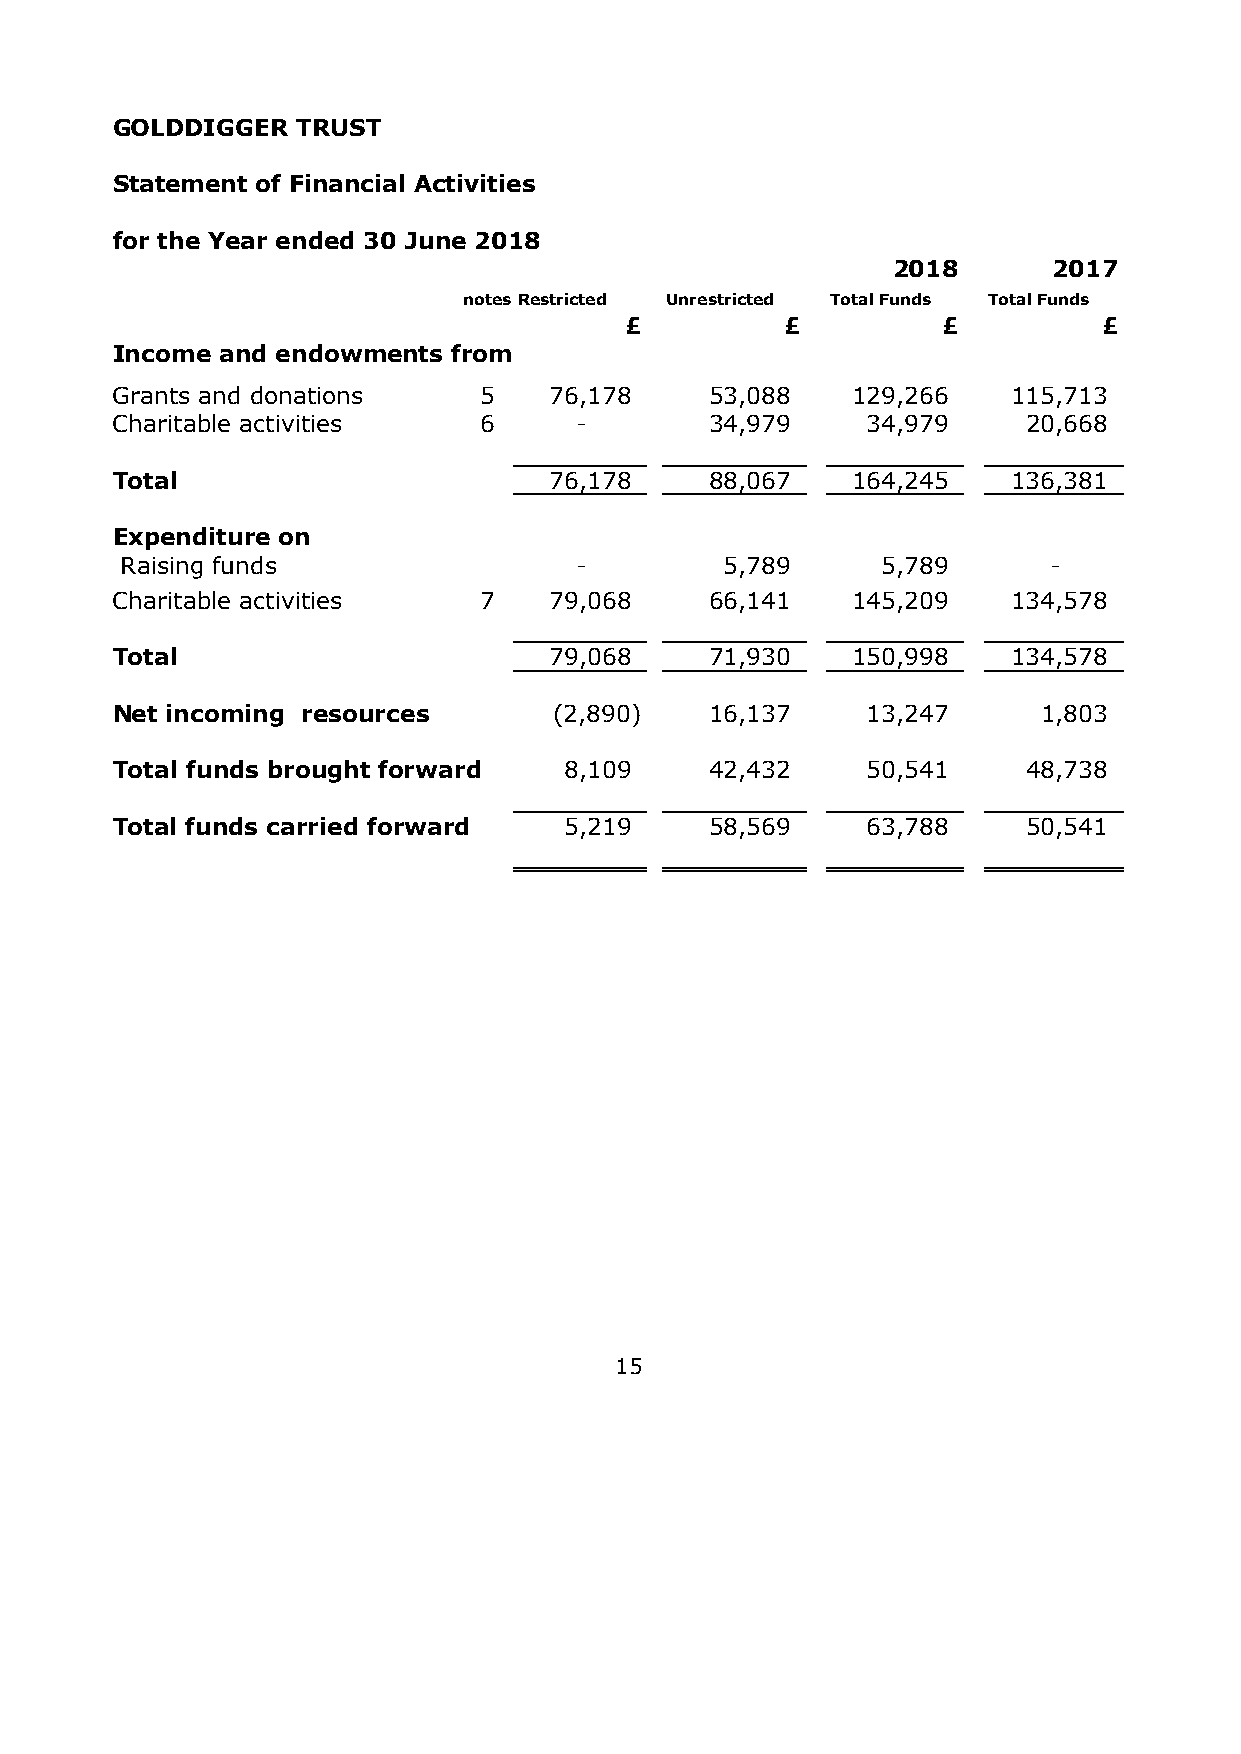
GOLDDIGGER   TRUST
 Statement of Financial Activities
 for the Year ended 30 June 2018
 2018       2017
 notesRestricted Unrestricted Total Funds Total Funds
 £          £         £          £
 Income  and endowments from
 Grants and donations     5   76,178     53,088   129,266    115,713
 Charitable activities    6     -        34,979    3 4,979    20,668
 Total                        76,178     88,067   1 64,245   136,381
 Expenditure on
 Raising funds                 -         5,789     5,789      -
 Charitable activities    7   79,068     66,141   145,209    134,578
 Total                        79,068     71,930   150,998    134,578
 Net incoming resources        (2,890)   16,137    1 3,247     1 ,803
 Total funds brought forward   8 ,109    42,432    5 0,541    48,738
 Total funds carried forward   5,219     58,569    6 3,788    50,541
 15